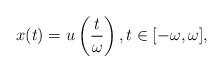
LaTeX: \begin{align*}x(t) = u\left( \frac{t}{\omega}\right), t \in [-\omega,\omega],\end{align*}